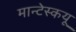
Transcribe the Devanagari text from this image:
मान्टेस्कयू